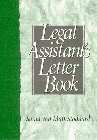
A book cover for The Legal Assistant's Letter Book; Sonia von Matt Stoddard; Business & Money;